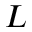
L